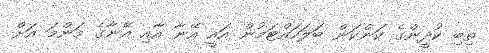
ތިބި ކުދީންގެ ކަންކަން ބަލަހައްޓަމުން އައީ އޭނާ އާއި އޭނާގެ މަންމަ އަށް